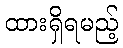
ထားရှိရမည့်